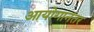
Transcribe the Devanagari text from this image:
आयोगानंतर